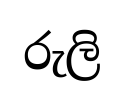
රුලි